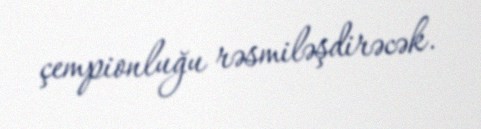
çempionluğu rəsmiləşdirəcək.